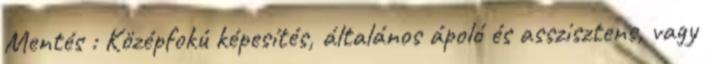
Mentés : Középfokú képesítés, általános ápoló és asszisztens, vagy